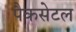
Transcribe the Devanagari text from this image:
पैकसेटल